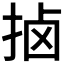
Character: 𫼵